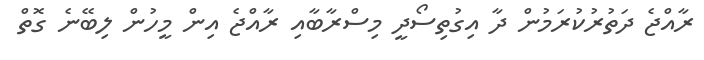
ރާއްޖެ ދަތުރުކުރަމުން ދާ އިގުތިސޯދީ މިސްރާބާއި ރާއްޖެ އިން މީހުން ލިބޭނެ ގޮތް